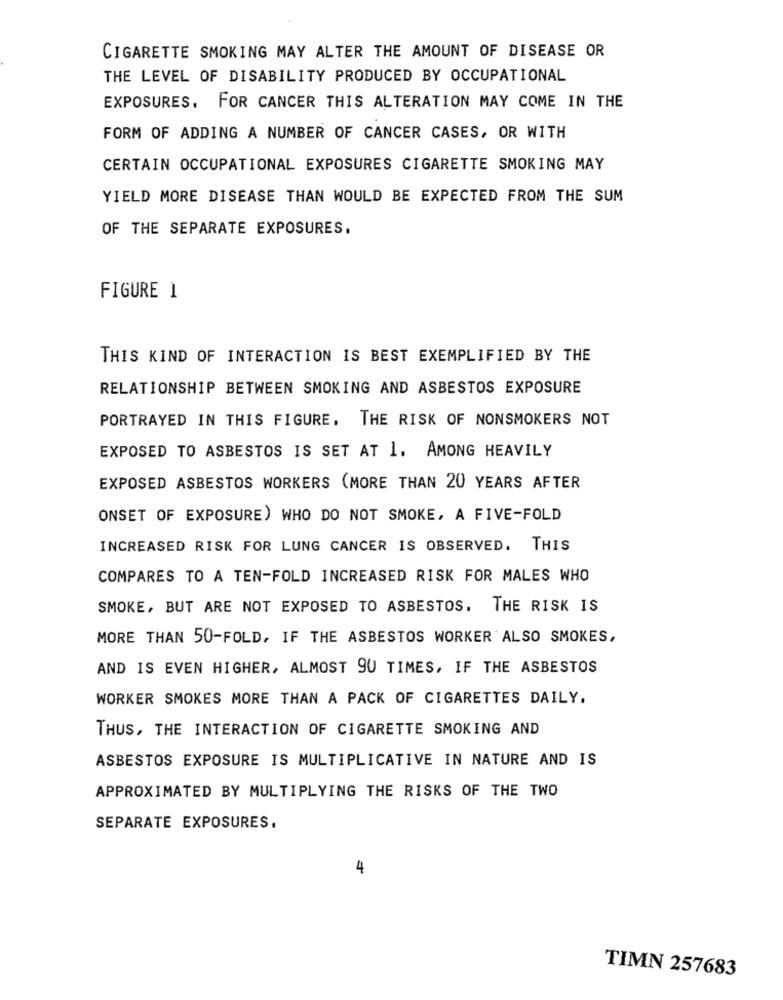
CIGARETTE SMOKING MAY ALTER THE AMOUNT OF DISEASE OR
THE LEVEL OF DISABILITY PRODUCED BY OCCUPATIONAL
EXPOSURES. FOR CANCER THIS ALTERATION MAY COME IN THE
FORM OF ADDING A NUMBER OF CANCER CASES, OR WITH
CERTAIN OCCUPATIONAL EXPOSURES CIGARETTE SMOKING MAY
YIELD MORE DISEASE THAN WOULD BE EXPECTED FROM THE SUM
OF THE SEPARATE EXPOSURES.
FIGURE 1
THIS KIND OF INTERACTION IS BEST EXEMPLIFIED BY THE
RELATIONSHIP BETWEEN SMOKING AND ASBESTOS EXPOSURE
PORTRAYED IN THIS FIGURE, THE RISK OF NONSMOKERS NOT
EXPOSED TO ASBESTOS IS SET AT 1. AMONG HEAVILY
EXPOSED ASBESTOS WORKERS (MORE THAN 20 YEARS AFTER
ONSET OF EXPOSURE) WHO DO NOT SMOKE, A FIVE-FOLD
INCREASED RISK FOR LUNG CANCER IS OBSERVED. THIS
COMPARES TO A TEN-FOLD INCREASED RISK FOR MALES WHO
SMOKE, BUT ARE NOT EXPOSED TO ASBESTOS. THE RISK IS
MORE THAN 50-FOLD, IF THE ASBESTOS WORKER ALSO SMOKES,
AND IS EVEN HIGHER, ALMOST 90 TIMES, IF THE ASBESTOS
WORKER SMOKES MORE THAN A PACK OF CIGARETTES DAILY.
THUS, THE INTERACTION OF CIGARETTE SMOKING AND
ASBESTOS EXPOSURE IS MULTIPLICATIVE IN NATURE AND IS
APPROXIMATED BY MULTIPLYING THE RISKS OF THE TWO
SEPARATE EXPOSURES.
4
TIMN 257683